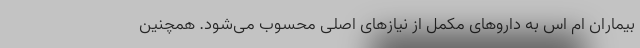
بیماران ام اس به داروهای مکمل از نیازهای اصلی محسوب می‌شود. همچنین